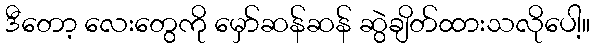
ဒီတော့ လေးတွေကို မှော်ဆန်ဆန် ဆွဲချိတ်ထားသလိုပေါ့။